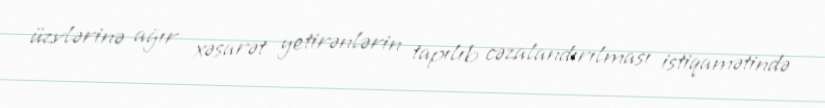
üzvlərinə ağır xəsarət yetirənlərin tapılıb cəzalandırılması istiqamətində